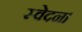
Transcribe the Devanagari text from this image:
स्वेदन।